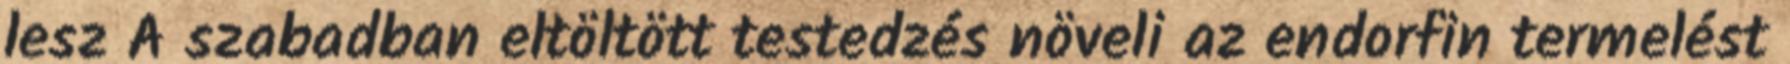
lesz A szabadban eltöltött testedzés növeli az endorfin termelést